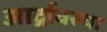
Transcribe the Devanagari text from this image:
आर्द्रावस्था